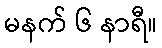
မနက် ၆ နာရီ။